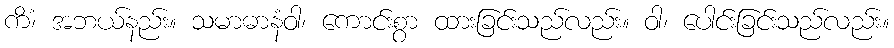
ကိံ၊ အဘယ်နည်း။ သမာဓာနံဝါ၊ ကောင်းစွာ ထားခြင်းသည်လည်း။ ဝါ၊ ပေါင်းခြင်းသည်လည်း။